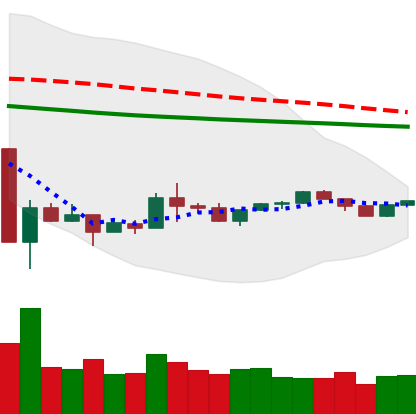
Ticker: XLM-USD
Chart end date: 2020-03-31
Forward return: 6.468%
Label: up_5_7